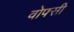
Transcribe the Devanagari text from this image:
वोफ्सी